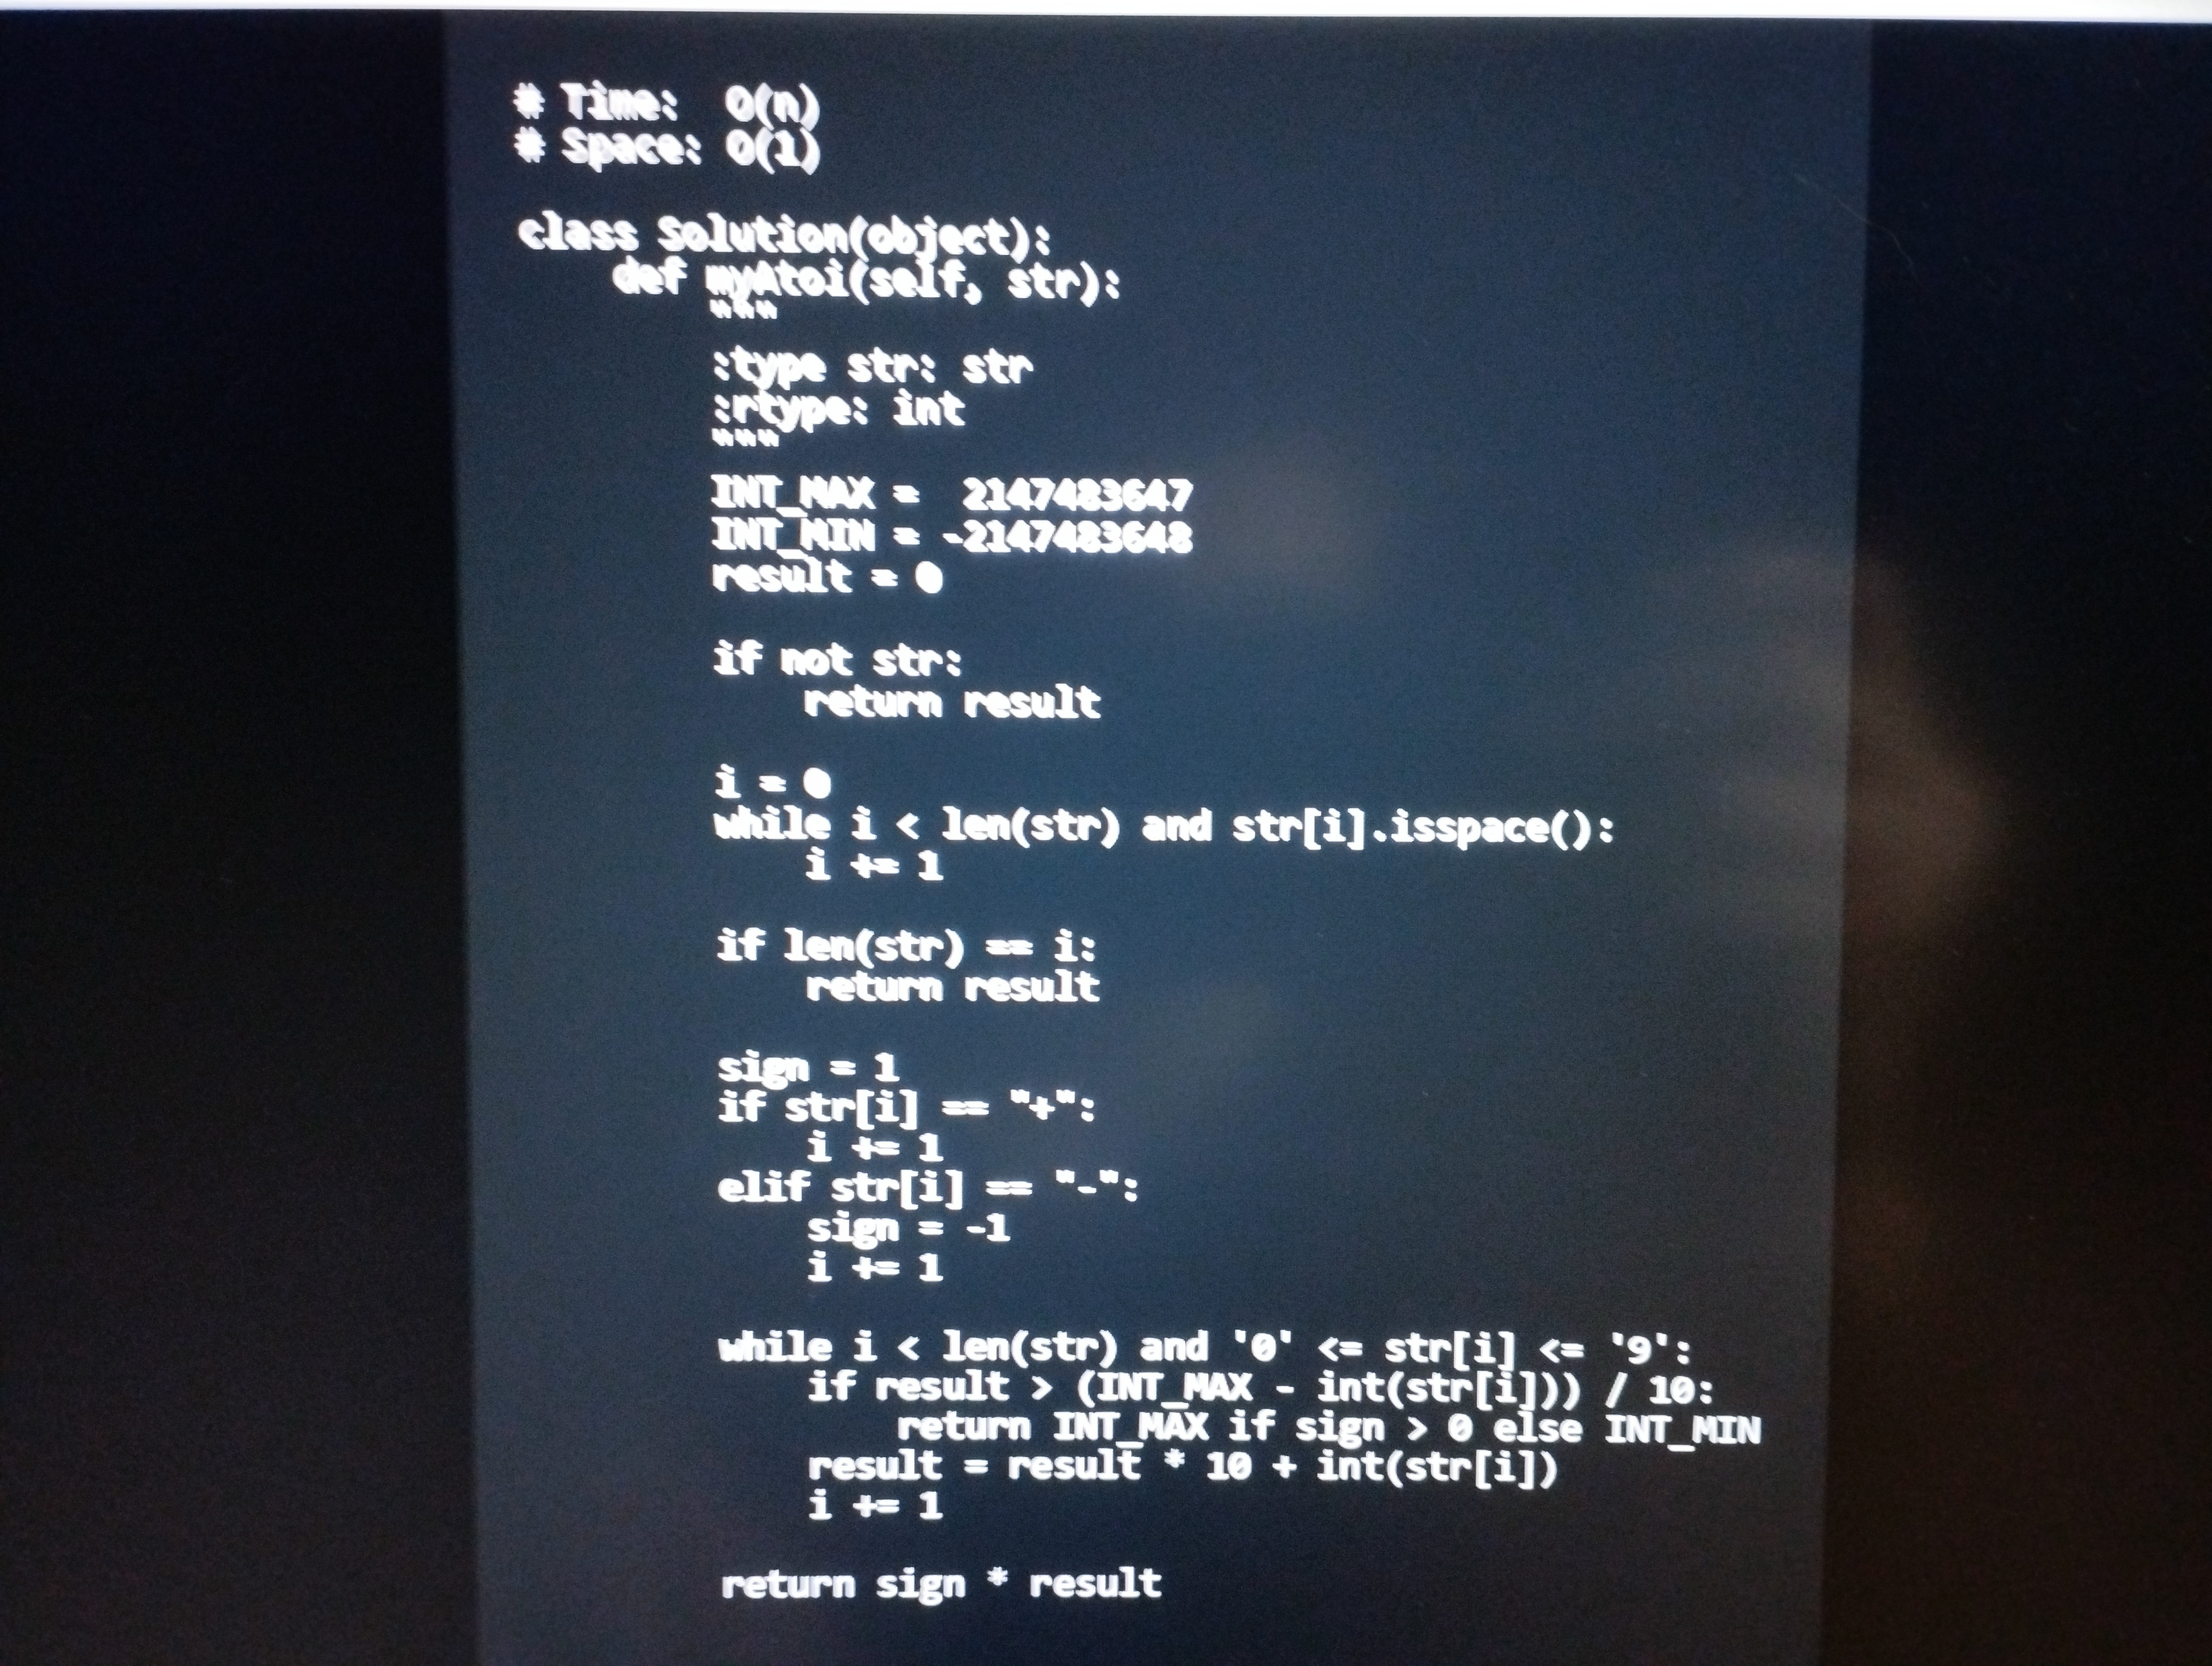
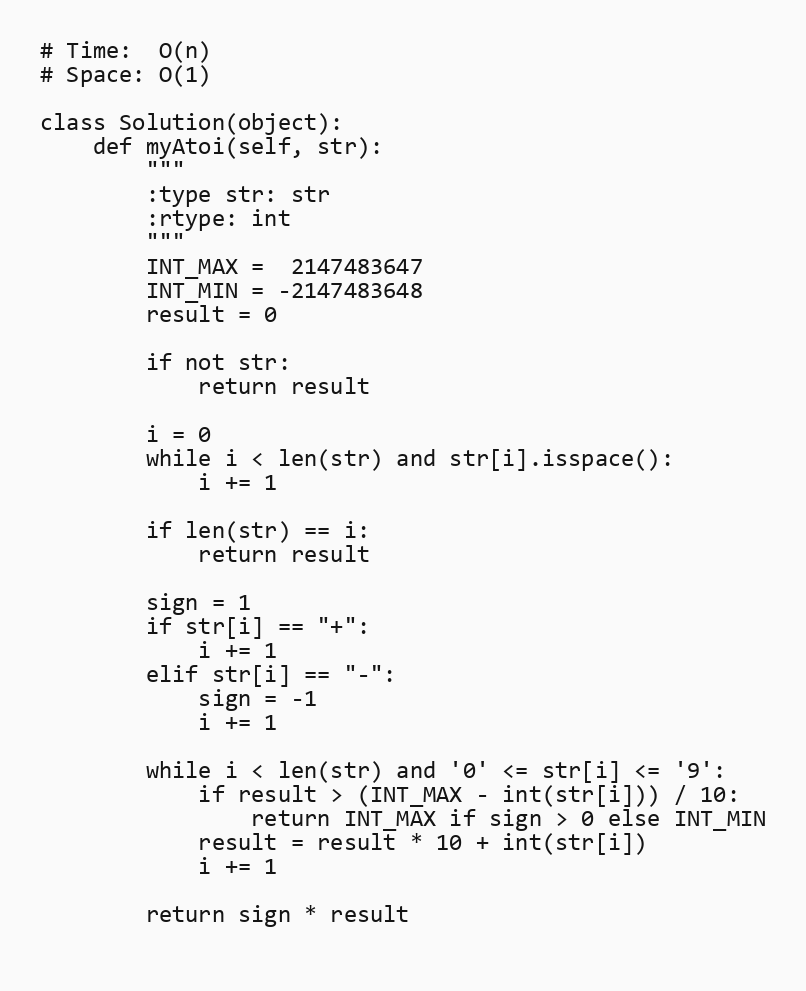
# Time:  O(n)
# Space: O(1)

class Solution(object):
    def myAtoi(self, str):
        """
        :type str: str
        :rtype: int
        """
        INT_MAX =  2147483647
        INT_MIN = -2147483648
        result = 0

        if not str:
            return result

        i = 0
        while i < len(str) and str[i].isspace():
            i += 1

        if len(str) == i:
            return result

        sign = 1
        if str[i] == "+":
            i += 1
        elif str[i] == "-":
            sign = -1
            i += 1

        while i < len(str) and '0' <= str[i] <= '9':
            if result > (INT_MAX - int(str[i])) / 10:
                return INT_MAX if sign > 0 else INT_MIN
            result = result * 10 + int(str[i])
            i += 1

        return sign * result